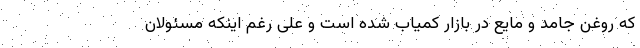
که روغن جامد و مایع در بازار کمیاب شده است و علی رغم اینکه مسئولان